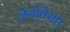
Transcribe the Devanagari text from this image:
जेनोवेसा।